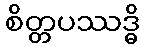
စိတ္တပဿဒ္ဓိ